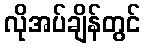
လိုအပ်ချိန်တွင်